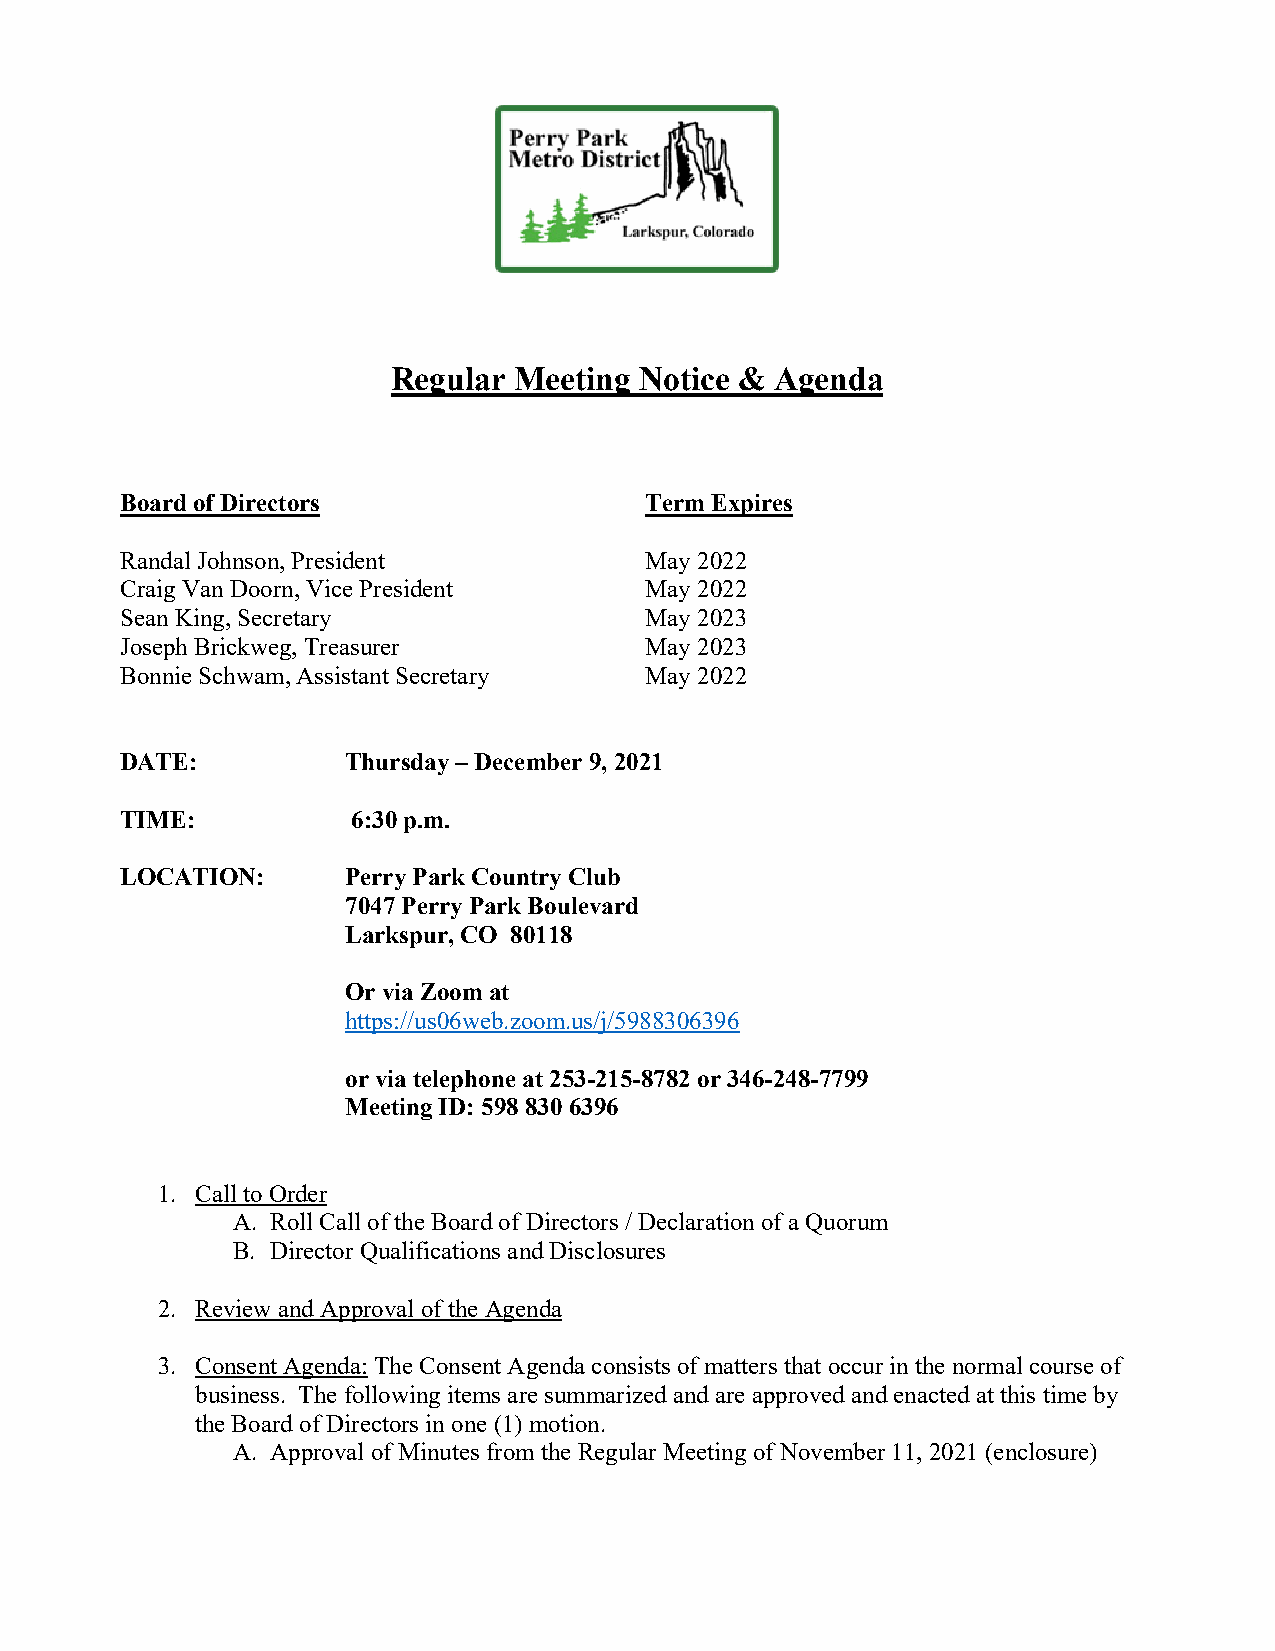
Regular Meeting Notice & Agenda
 Board of Directors                 Term Expires
 Randal Johnson, President          May 2022
 Craig Van Doorn, Vice President    May 2022
 Sean King, Secretary               May 2023
 Joseph Brickweg, Treasurer         May 2023
 Bonnie Schwam, Assistant Secretary May 2022
 DATE:          Thursday – December 9, 2021
 TIME:          6:30 p.m.
 LOCATION:      Perry Park Country Club
 7047 Perry Park Boulevard
 Larkspur, CO 80118
 Or via Zoom at
 https://us06web.zoom.us/j/5988306396
 or via telephone at 253-215-8782 or 346-248-7799
 Meeting ID: 598 830 6396
 1. Call to Order
 A. Roll Call of the Board of Directors / Declaration of a Quorum
 B. Director Qualifications and Disclosures
 2. Review and Approval of the Agenda
 3. Consent Agenda: The Consent Agenda consists of matters that occur in the normal course of
 business. The following items are summarized and are approved and enacted at this time by
 the Board of Directors in one (1) motion.
 A. Approval of Minutes from the Regular Meeting of November 11, 2021 (enclosure)